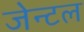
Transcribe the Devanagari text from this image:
जेन्टल